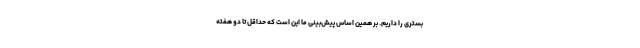
بستری را داریم. بر همین اساس پیش‌بینی ما این است که حداقل تا دو هفته